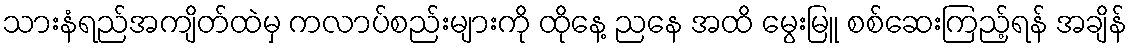
သားနံရည်အကျိတ်ထဲမှ ကလာပ်စည်းများကို ထိုနေ့ ညနေ အထိ မွေးမြူ စစ်ဆေးကြည့်ရန် အချိန်